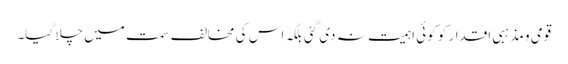
قومی و مذہبی اقدار کو کوئی اہمیت نہ دی گئی بلکہ اس کی مخالف سمت میں چلا گیا۔